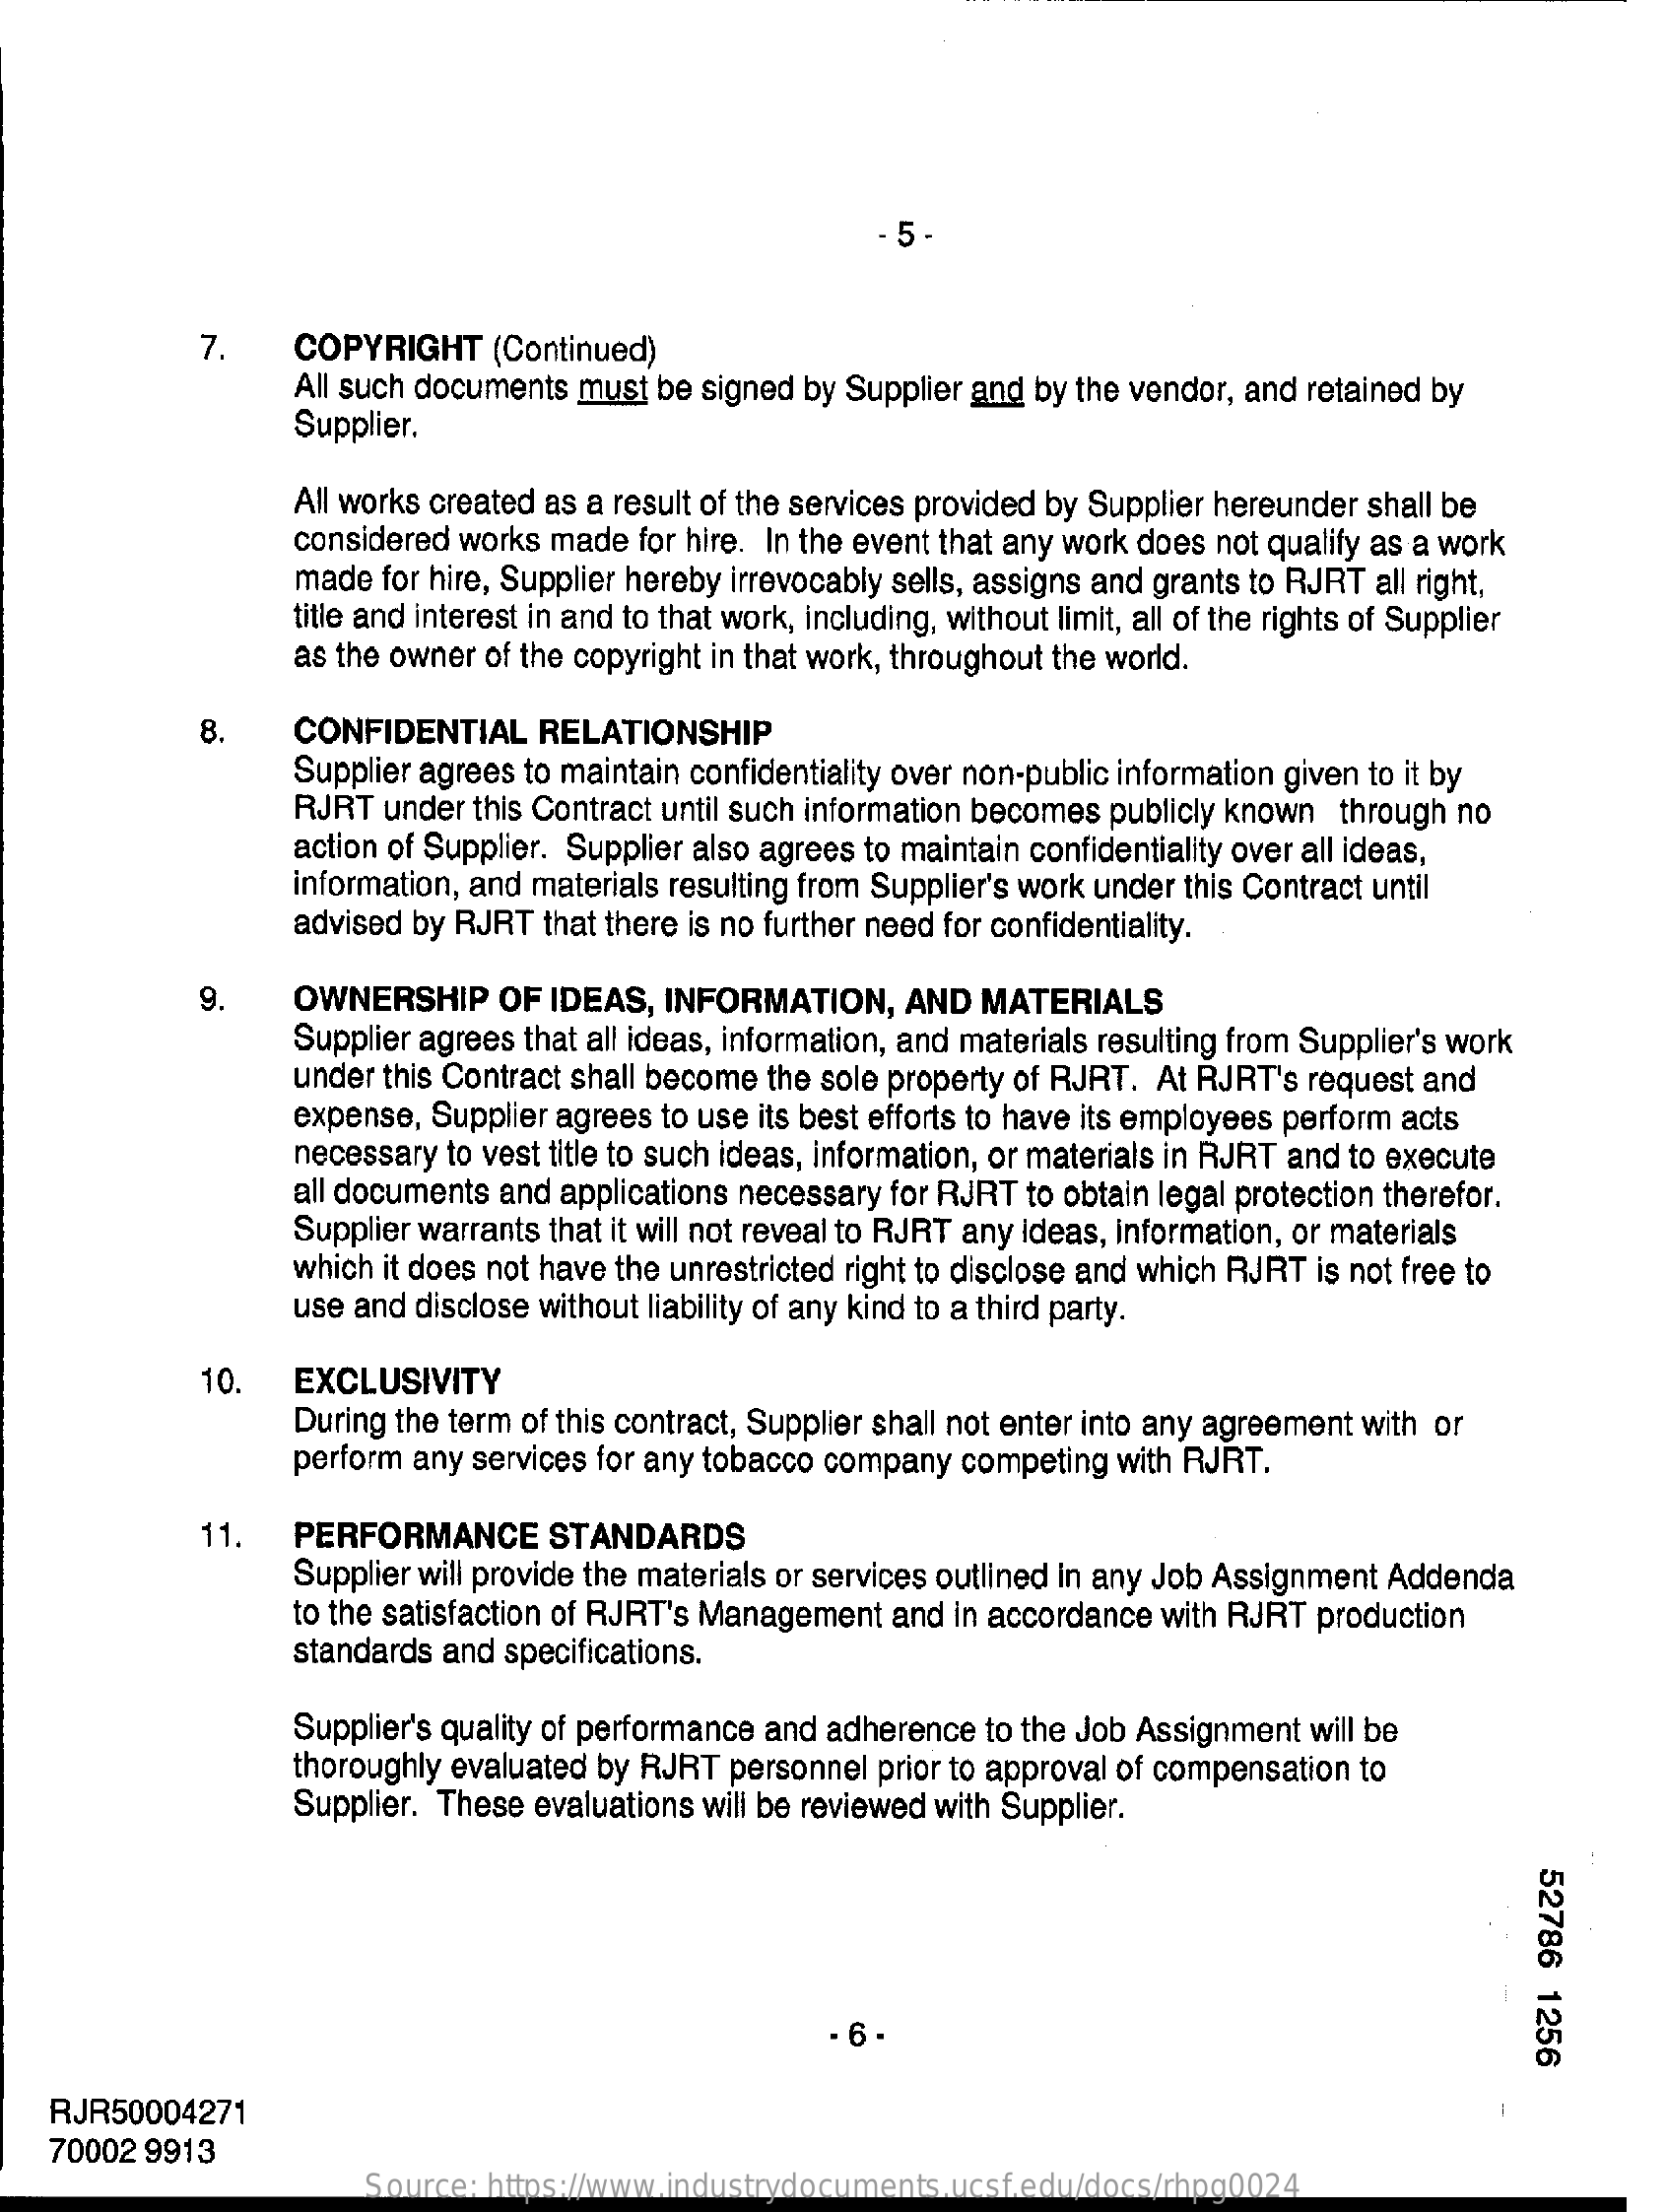
5-
     7.    COPYRIGHT    (Continued)
     All such documents must be signed by Supplier and by the vendor, and retained by
     Supplier.
     All works created as a result of the services provided by Supplier hereunder shall be
     considered works made for hire. In the event that any work does not qualify as a work
     made for hire, Supplier hereby irrevocably sells, assigns and grants to RJRT all right,
     title and interest in and to that work, including, without limit, all of the rights of Supplier
     as the owner of the copyright in that work, throughout the world.
     8.    CONFIDENTIAL    RELATIONSHIP
     Supplier agrees to maintain confidentiality over non-public information given to it by
     RJRT under this Contract until such information becomes publicly known through no
     action of Supplier. Supplier also agrees to maintain confidentiality over all ideas,
     information, and materials resulting from Supplier's work under this Contract until
     advised by RJRT that there is no further need for confidentiality.
     9.    OWNERSHIP    OF  IDEAS, INFORMATION,    AND  MATERIALS
     Supplier agrees that all ideas, information, and materials resulting from Supplier's work
     under this Contract shall become the sole property of RJRT. At RJRT's request and
     expense, Supplier agrees to use its best efforts to have its employees perform acts
     necessary to vest title to such ideas, information, or materials in RJRT and to execute
     all documents and applications necessary for RJRT to obtain legal protection therefor.
     Supplier warrants that it will not reveal to RJRT any ideas, information, or materials
     which it does not have the unrestricted right to disclose and which RJRT is not free to
     use and disclose without liability of any kind to a third party.
     10.  EXCLUSIVITY
     During the term of this contract, Supplier shall not enter into any agreement with or
     perform any services for any tobacco company competing with RJRT.
     11.  PERFORMANCE    STANDARDS
     Supplier will provide the materials or services outlined in any Job Assignment Addenda
     to the satisfaction of RJRT's Management and in accordance with RJRT production
     standards and specifications.
     Supplier's quality of performance and adherence to the Job Assignment will be
     thoroughly evaluated by RJRT personnel prior to approval of compensation to
     Supplier. These evaluations will be reviewed with Supplier.
     52786
     1256 - 6 -
    RJR50004271
   70002 9913
     Source: https://www.industrydocuments.ucsf.edu/docs/rhpg0024